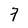
Character: 7